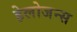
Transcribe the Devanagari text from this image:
हेलोजन्स